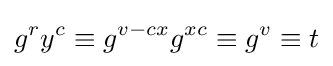
g^{r}y^{c}\equiv g^{v-cx}g^{xc}\equiv g^{v}\equiv t